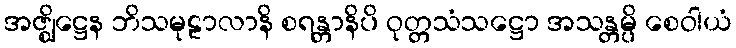
အဇ္ဈိဋ္ဌေန ဘိသမုဠာလာနိ စရန္တာနိပိ ဝုတ္တသံသဋ္ဌော အသန္တမ္ပိ စေဝါယံ